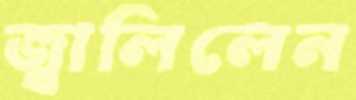
জ্বালিলেন